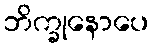
ဘိက္ခုနောပေ